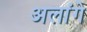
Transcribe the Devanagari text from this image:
अलांगे